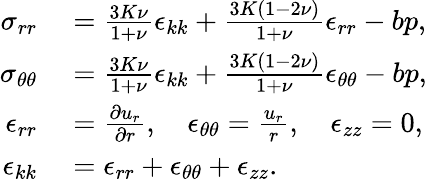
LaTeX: \begin{array}{rl}{\sigma_{rr}}&{{}=\frac{3K\nu}{1+\nu}\epsilon_{kk}+\frac{3K(1-2\nu)}{1+\nu}\epsilon_{rr}-bp,}\\ {\sigma_{\theta\theta}}&{{}=\frac{3K\nu}{1+\nu}\epsilon_{kk}+\frac{3K(1-2\nu)}{1+\nu}\epsilon_{\theta\theta}-bp,}\\ {\epsilon_{rr}}&{{}=\frac{\partial u_{r}}{\partial r},\quad\epsilon_{\theta\theta}=\frac{u_{r}}{r},\quad\epsilon_{zz}=0,}\\ {\epsilon_{kk}}&{{}=\epsilon_{rr}+\epsilon_{\theta\theta}+\epsilon_{zz}.}\end{array}